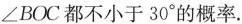
∠BOC都不小于30°的概率.